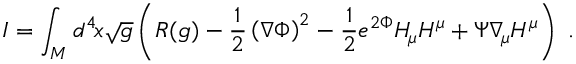
I = \int _ { \cal { M } } d ^ { 4 } \! x \sqrt { g } \left( R ( g ) - { \frac { 1 } { 2 } } \left( \nabla \Phi \right) ^ { 2 } - { \frac { 1 } { 2 } } e ^ { 2 \Phi } H _ { \! \mu } H ^ { \mu } + \Psi \nabla _ { \! \mu } H ^ { \mu } \right) \ .